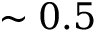
\sim 0 . 5